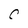
Character: C